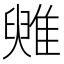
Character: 𩀑